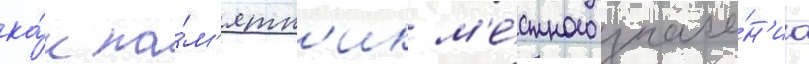
ка́к па́м'ятн'ик м'е́стного значе́н'иа